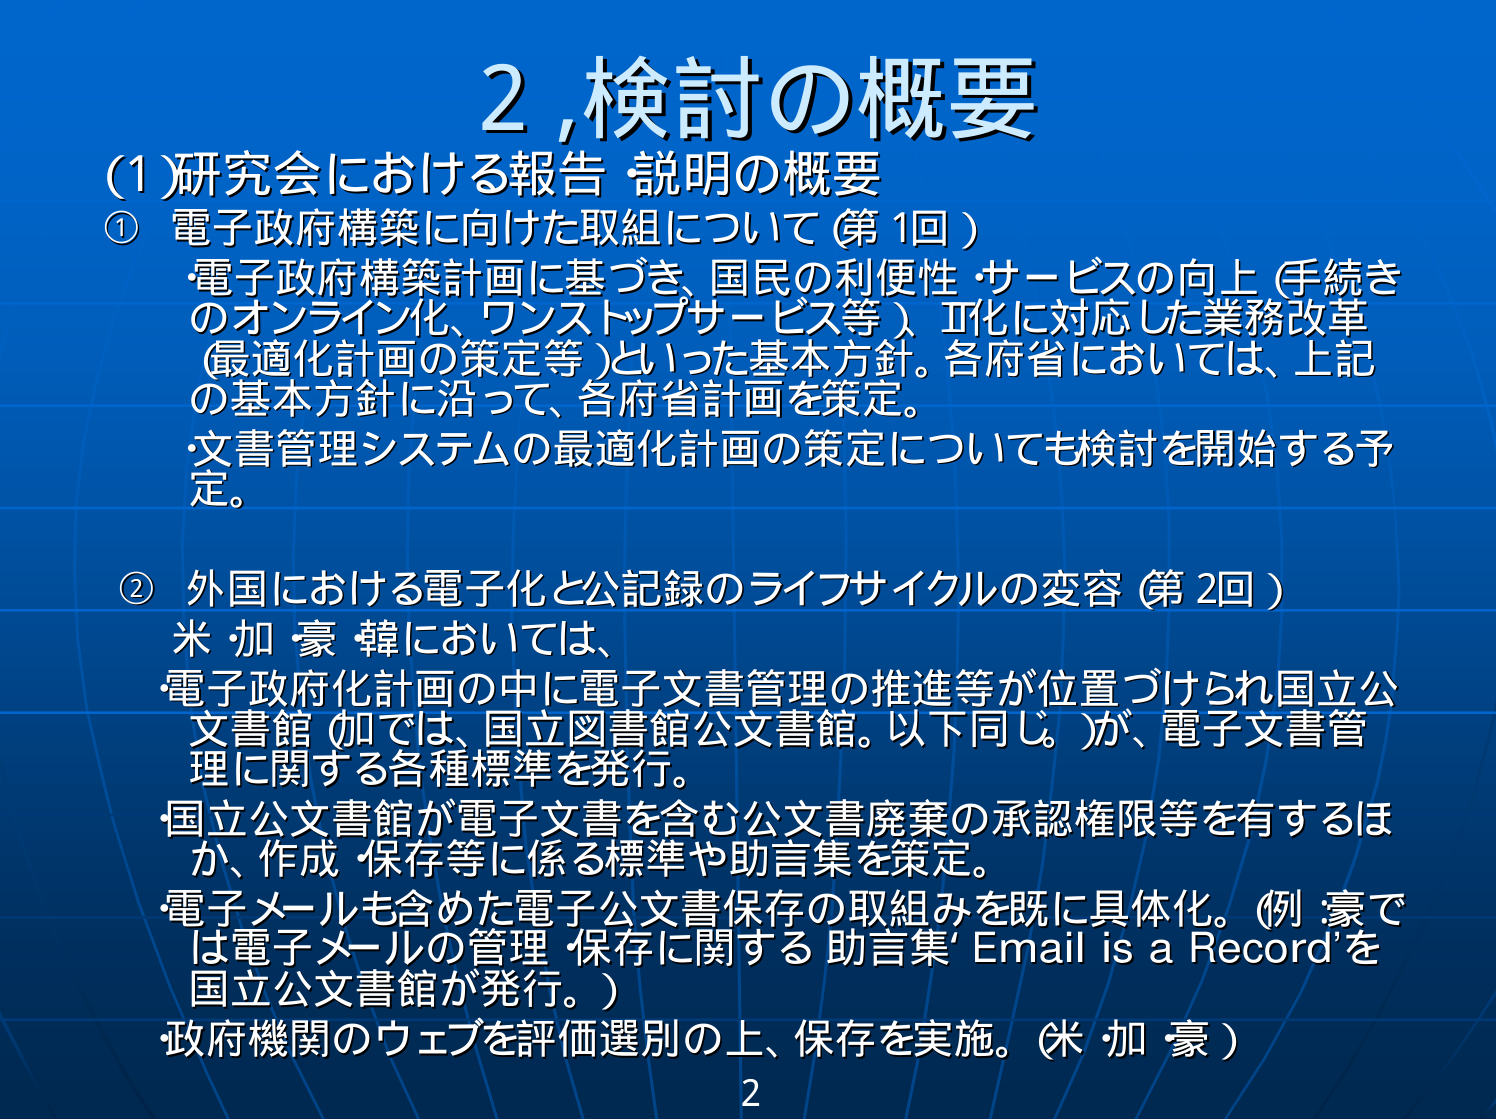
2,検討の概要
(1)研究会における報告・説明の概要
① 電子政府構築に向けた取組について（第1回）
・電子政府構築計画に基づき、国民の利便性・サービスの向上（手続きのオンライン化、ワンストップサービス等）、IT化に対応した業務改革（最適化計画の策定等）といった基本方針。各府省においては、上記の基本方針に沿って、各府省計画を策定。
・文書管理システムの最適化計画の策定についても検討を開始する予定。

② 外国における電子化と公記録のライフサイクルの変容（第2回）
米・加・豪・韓においては、
・電子政府化計画の中に電子文書管理の推進等が位置づけられ国立公文書館（加では、国立図書館公文書館。以下同じ。）が、電子文書管理に関する各種標準を発行。
・国立公文書館が電子文書を含む公文書廃棄の承認権限等を有するほか、作成・保存等に係る標準や助言集を策定。
・電子メールも含めた電子公文書保存の取組みを既に具体化。（例：豪では電子メールの管理・保存に関する助言集‘Email is a Record’を国立公文書館が発行。）
・政府機関のウェブを評価選別の上、保存を実施。（米・加・豪）

2